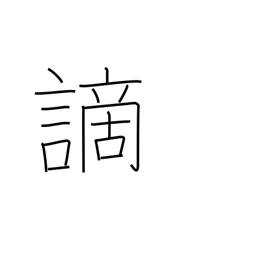
Meaning: crime